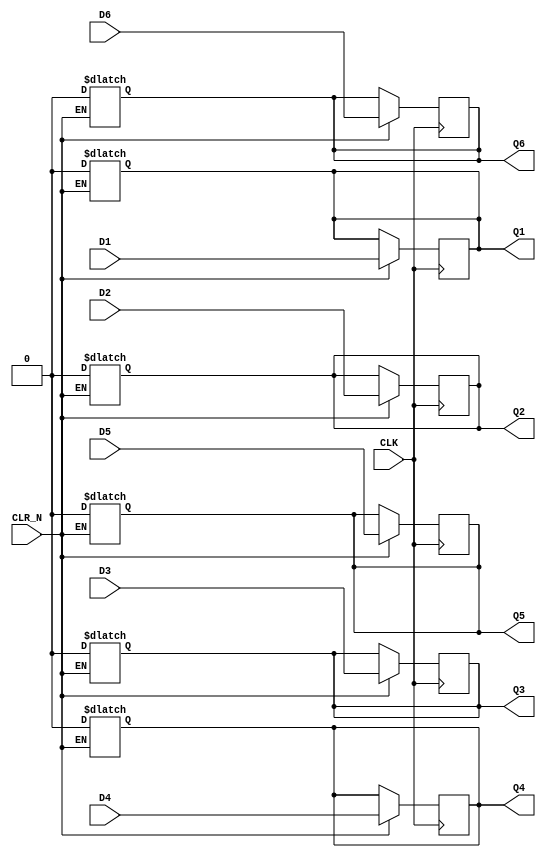
/*
 * $Id$
 */

//`define REG_DELAY 1
`define REG_DELAY 0

module part_74S174 (D1, Q1, D2, Q2, D3, Q3, D4, Q4, D5, Q5, D6, Q6,
	CLR_N, CLK);

  input D1, D2, D3, D4, D5, D6;
  input CLR_N, CLK;
  output Q1, Q2, Q3, Q4, Q5, Q6;
//wire qb1, qb2, qb3, qb4, qb5, qb6;

  reg Q1, Q2, Q3, Q4, Q5, Q6;

always @(posedge CLK)
  if (CLR_N)
    begin
      Q1 <= #(`REG_DELAY) D1;
      Q2 <= #(`REG_DELAY) D2;
      Q3 <= #(`REG_DELAY) D3;
      Q4 <= #(`REG_DELAY) D4;
      Q5 <= #(`REG_DELAY) D5;
      Q6 <= #(`REG_DELAY) D6;
    end

always @(CLR_N)
  if (!CLR_N)
    begin
      Q1 <= 0;
      Q2 <= 0;
      Q3 <= 0;
      Q4 <= 0;
      Q5 <= 0;
      Q6 <= 0;
    end

/*
  dff ff1 (Q1, qb1, D1, CLK, 1'b1, CLR_N);
  dff ff2 (Q2, qb2, D2, CLK, 1'b1, CLR_N);
  dff ff3 (Q3, qb3, D3, CLK, 1'b1, CLR_N);
  dff ff4 (Q4, qb4, D4, CLK, 1'b1, CLR_N);
  dff ff5 (Q5, qb5, D5, CLK, 1'b1, CLR_N);
  dff ff6 (Q6, qb6, D6, CLK, 1'b1, CLR_N);
*/

endmodule